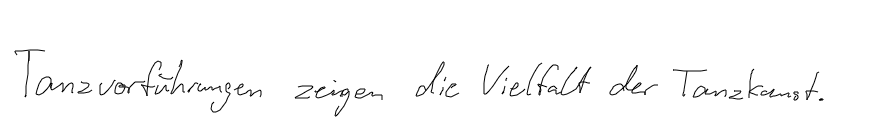
Tanzvorführungen zeigen die Vielfalt der Tanzkunst.